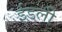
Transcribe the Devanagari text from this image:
ईडली